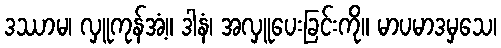
ဒဿာမ၊ လှူကုန်အံ့။ ဒါနံ၊ အလှူပေးခြင်းကို။ မာပမာဒမှသေ၊